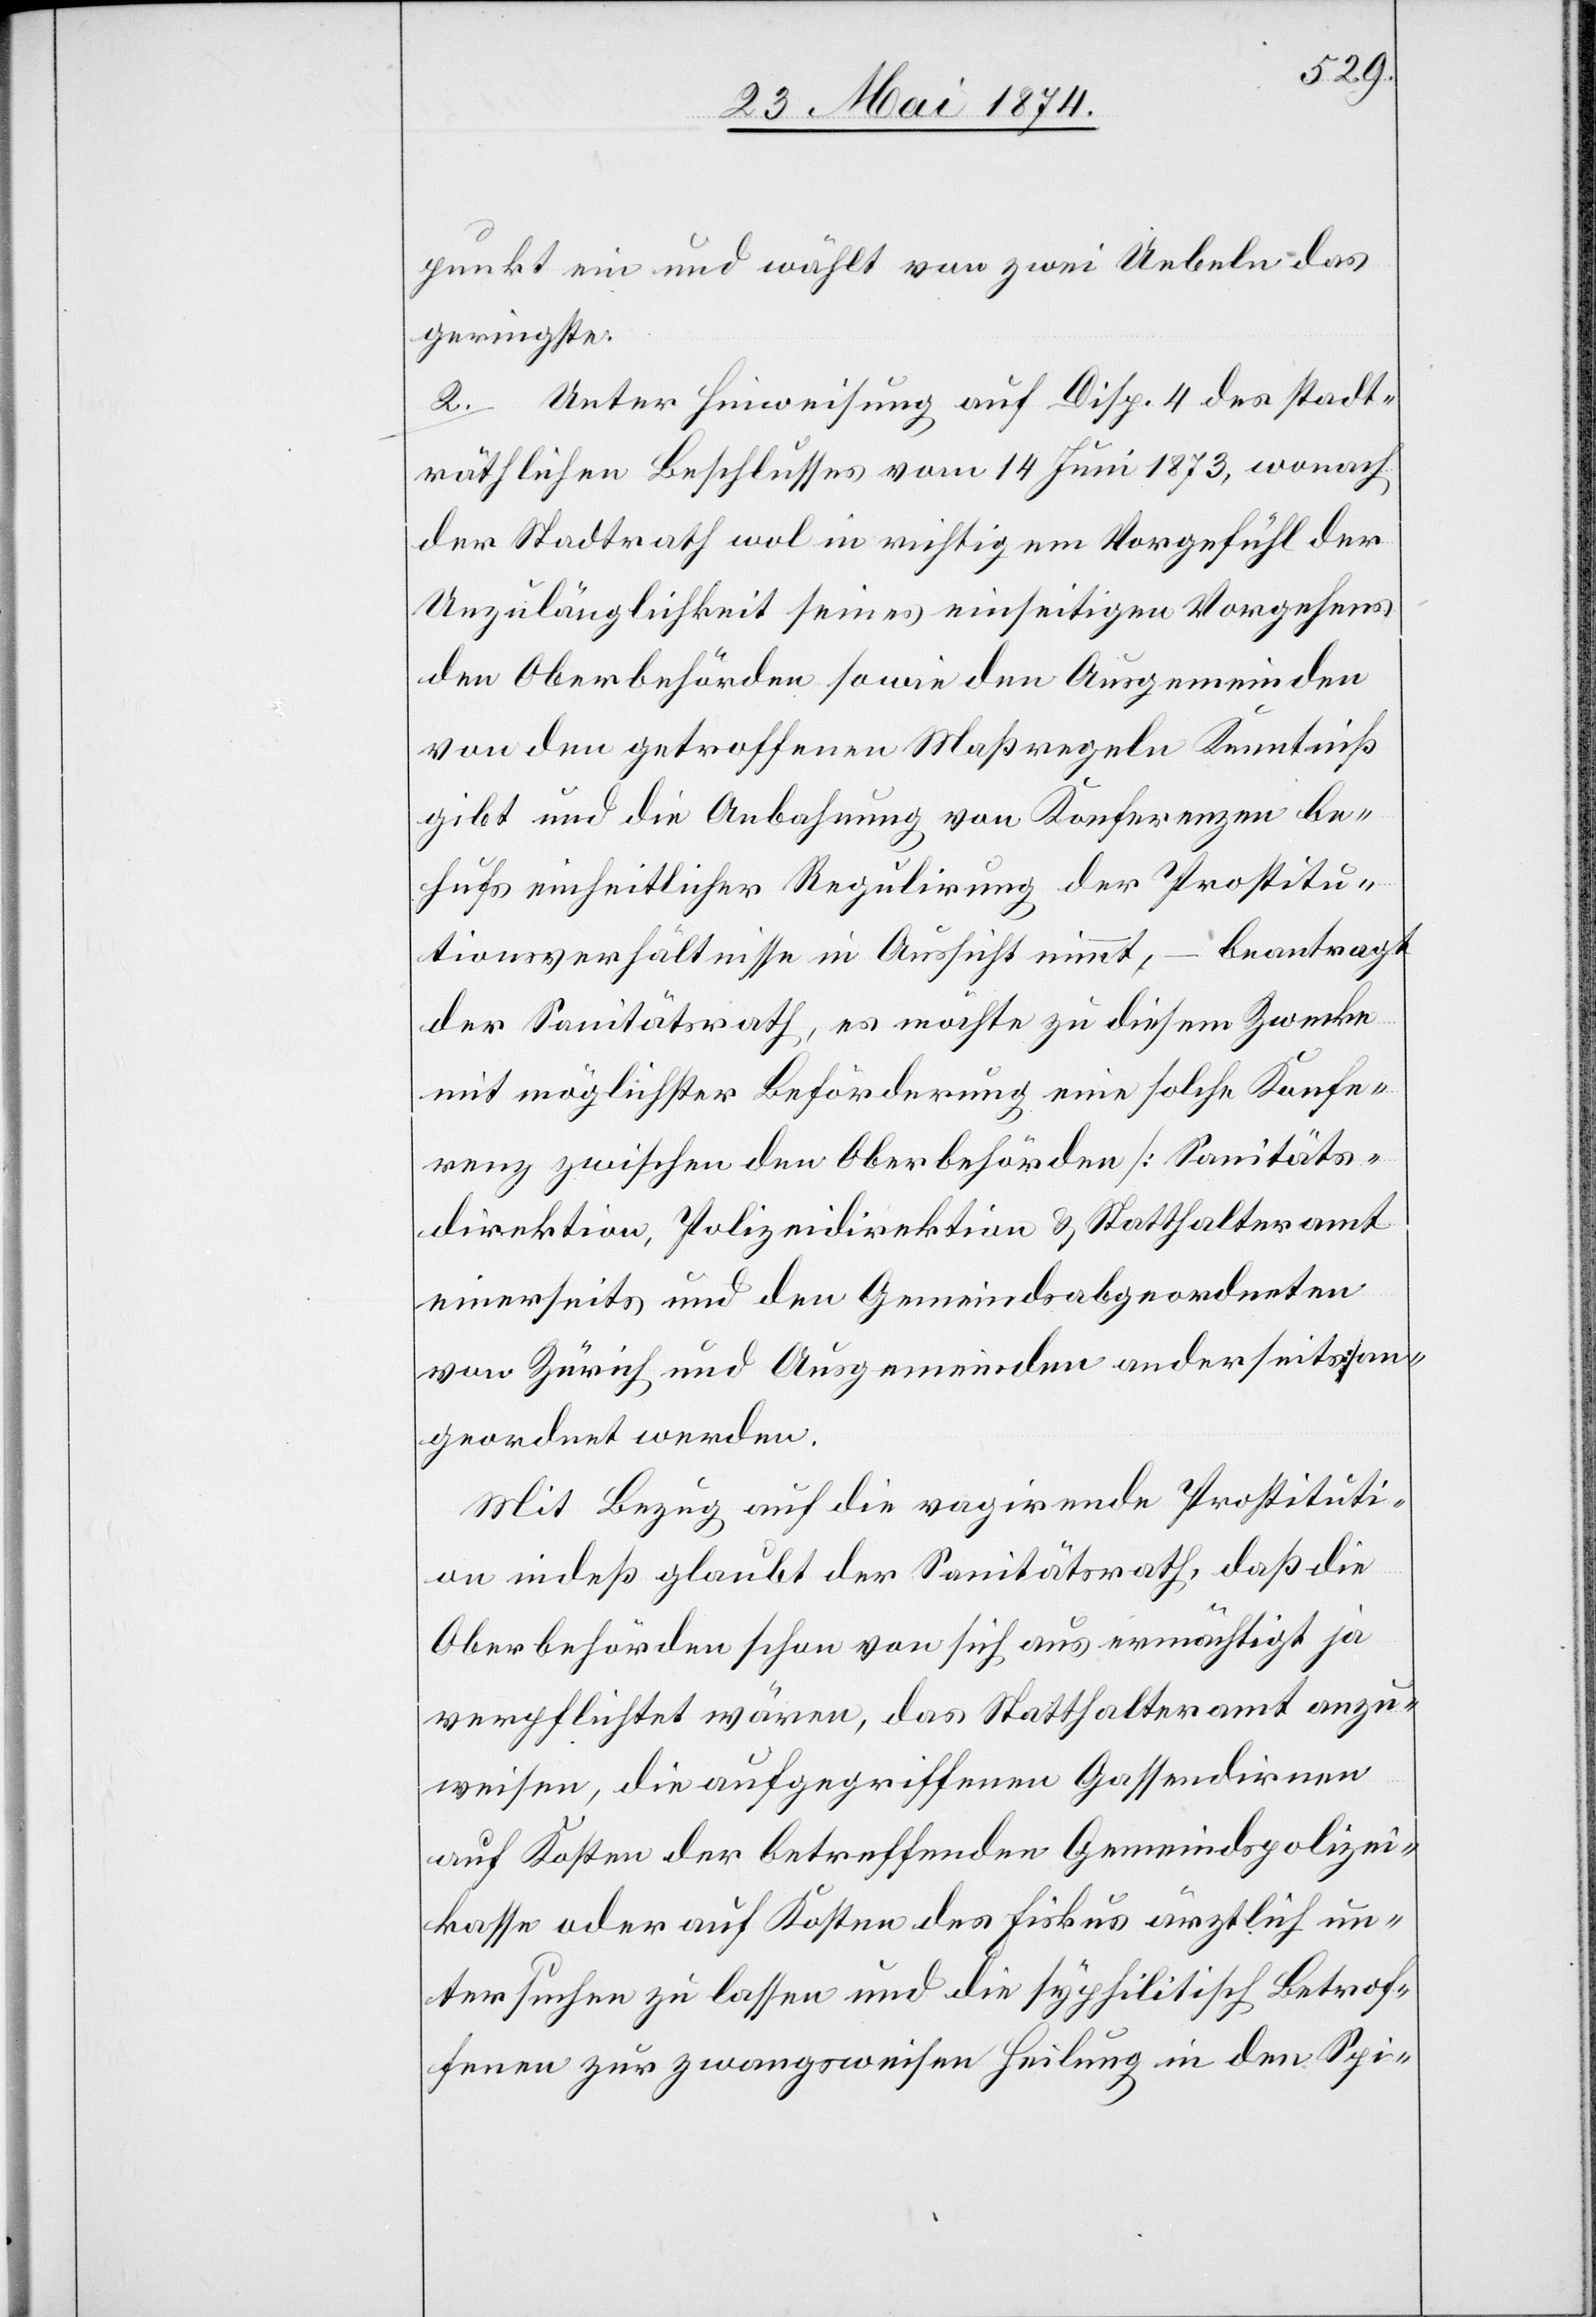
punkt ein und wählt von zwei Uebeln das
geringste.
2. Unter Hinweisung auf Disp. 4 des stadt¬
räthlichen Beschlusses vom 14. Juni 1873, wonach
der Stadtrath wol in richtigem Vorgefühl der
Unzulänglichkeit seines einseitigen Vorgehens
den Oberbehörden sowie den Ausgemeinden
von den getroffenen Maßregeln Kenntniß
gibt und die Anbahnung von Konferenzen be¬
hufs einheitlicher Regulirung der Prostitu¬
tionsverhältnisse in Aussicht nimmt, – beantragt
der Sanitätsrath, es möchte zu diesem Zwecke
mit möglichster Beförderung eine solche Konfe¬
renz zwischen den Oberbehörden [Sanitäts¬
direktion, Polizeidirektion u. Statthalteramt
einerseits und den Gemeindsabgeordneten
von Zürich und Ausgemeinden anderseits] an¬
geordnet werden.
Mit Bezug auf die vagirende Prostituti¬
on indeß glaubt der Sanitätsrath, daß die
Oberbehörden schon von sich aus ermächtigt ja
verpflichtet wären, das Statthalteramt anzu¬
weisen, die aufgegriffenen Gassendirnen
auf Kosten der betreffenden Gemeindspolizei¬
kasse oder auf Kosten des Fiskus ärztlich un¬
tersuchen zu lassen und die syphilitisch Betrof¬
fenen zur zwangsweisen Heilung in den Spi-